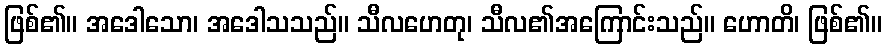
ဖြစ်၏။ အဒေါသော၊ အဒေါသသည်။ သီလဟေတု၊ သီလ၏အကြောင်းသည်။ ဟောတိ၊ ဖြစ်၏။